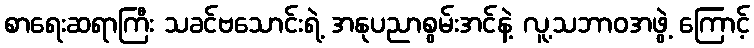
စာရေးဆရာကြီး သခင်ဗသောင်းရဲ့ အနုပညာစွမ်းအင်နဲ့ လူ့သဘာဝအဖွဲ့ ကြောင့်